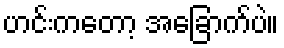
ဟင်းကတော့ အခြောက်ပဲ။